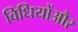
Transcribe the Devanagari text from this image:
विधियोंऔर